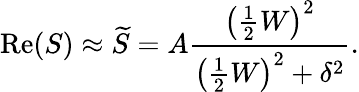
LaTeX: \mathrm{Re}(S)\approx\widetilde{S}=A\frac{\left(\frac{1}{2}W\right)^{2}}{\left(\frac{1}{2}W\right)^{2}+\delta^{2}}.